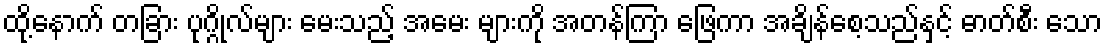
ထို့နောက် တခြား ပုဂ္ဂိုလ်များ မေးသည့် အမေး များကို အတန်ကြာ ဖြေကာ အချိန်စေ့သည်နှင့် ဓာတ်စီး သော